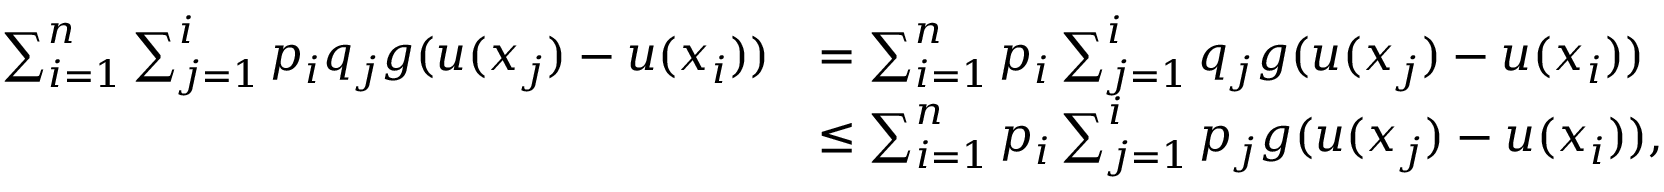
\begin{array} { r l } { \sum _ { i = 1 } ^ { n } \sum _ { j = 1 } ^ { i } p _ { i } q _ { j } g ( u ( x _ { j } ) - u ( x _ { i } ) ) } & { = \sum _ { i = 1 } ^ { n } p _ { i } \sum _ { j = 1 } ^ { i } q _ { j } g ( u ( x _ { j } ) - u ( x _ { i } ) ) } \\ & { \leq \sum _ { i = 1 } ^ { n } p _ { i } \sum _ { j = 1 } ^ { i } p _ { j } g ( u ( x _ { j } ) - u ( x _ { i } ) ) , } \end{array}